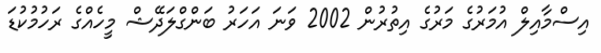
އިސްމާއިލް އުމަރުގެ މަރުގެ އިތުރުން 2002 ވަނަ އަހަރު ބަންގްލަދޭޝް މީހެއްގެ ރަހުމުކުޑަ